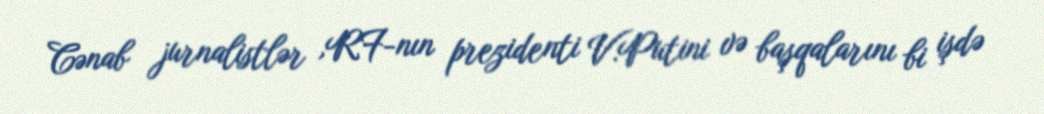
Cənab jurnalistlər ,RF-nın prezidenti V.Putini və başqalarını bi işdə